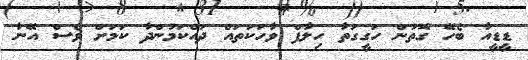
ޑީޑީއާ ބެހޭ ގޮތުން ހަގީގަތާ ހިލާފް ވާހަކަތައް ދައްކަމުންދާ ކަމަށް ވެސް އޭނާ